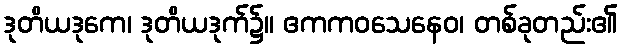
ဒုတိယဒုကေ၊ ဒုတိယဒုက်၌။ ဧကကဝသေနေဝ၊ တစ်ခုတည်း၏